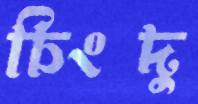
চিংদু